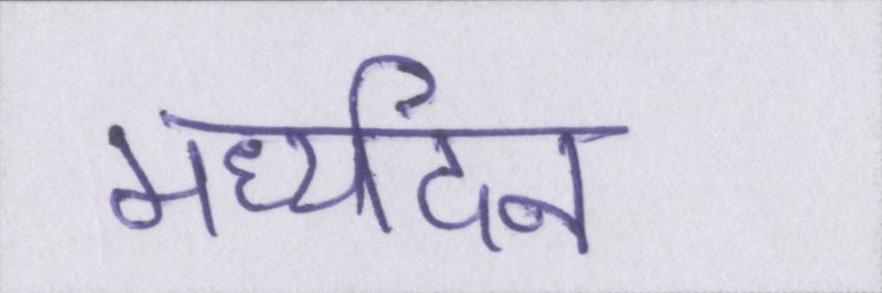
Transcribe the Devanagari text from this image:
मध्यदिन